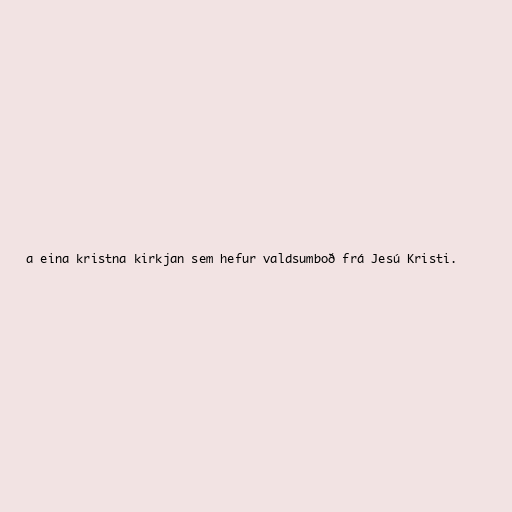
a eina kristna kirkjan sem hefur valdsumboð frá Jesú Kristi.